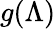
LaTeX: g(\Lambda)